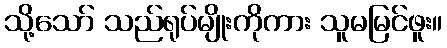
သို့သော် သည်ရုပ်မျိုးကိုကား သူမမြင်ဖူး။